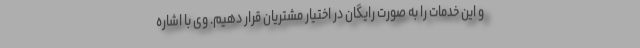
و این خدمات را به صورت رایگان در اختیار مشتریان قرار دهیم. وی با اشاره